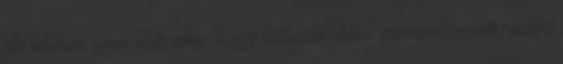
de ahhoz nem volt elég, hogy látatlanban szerződtessék, ezért